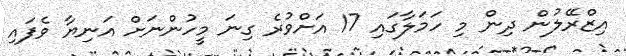
އިޒްރޭލުން ދިން މި ހަމަލާގައި 17 އަށްވުރެ ގިނަ މީހުންނަށް އަނިޔާ ވެފައި